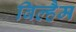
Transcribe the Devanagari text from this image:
विल्हैम